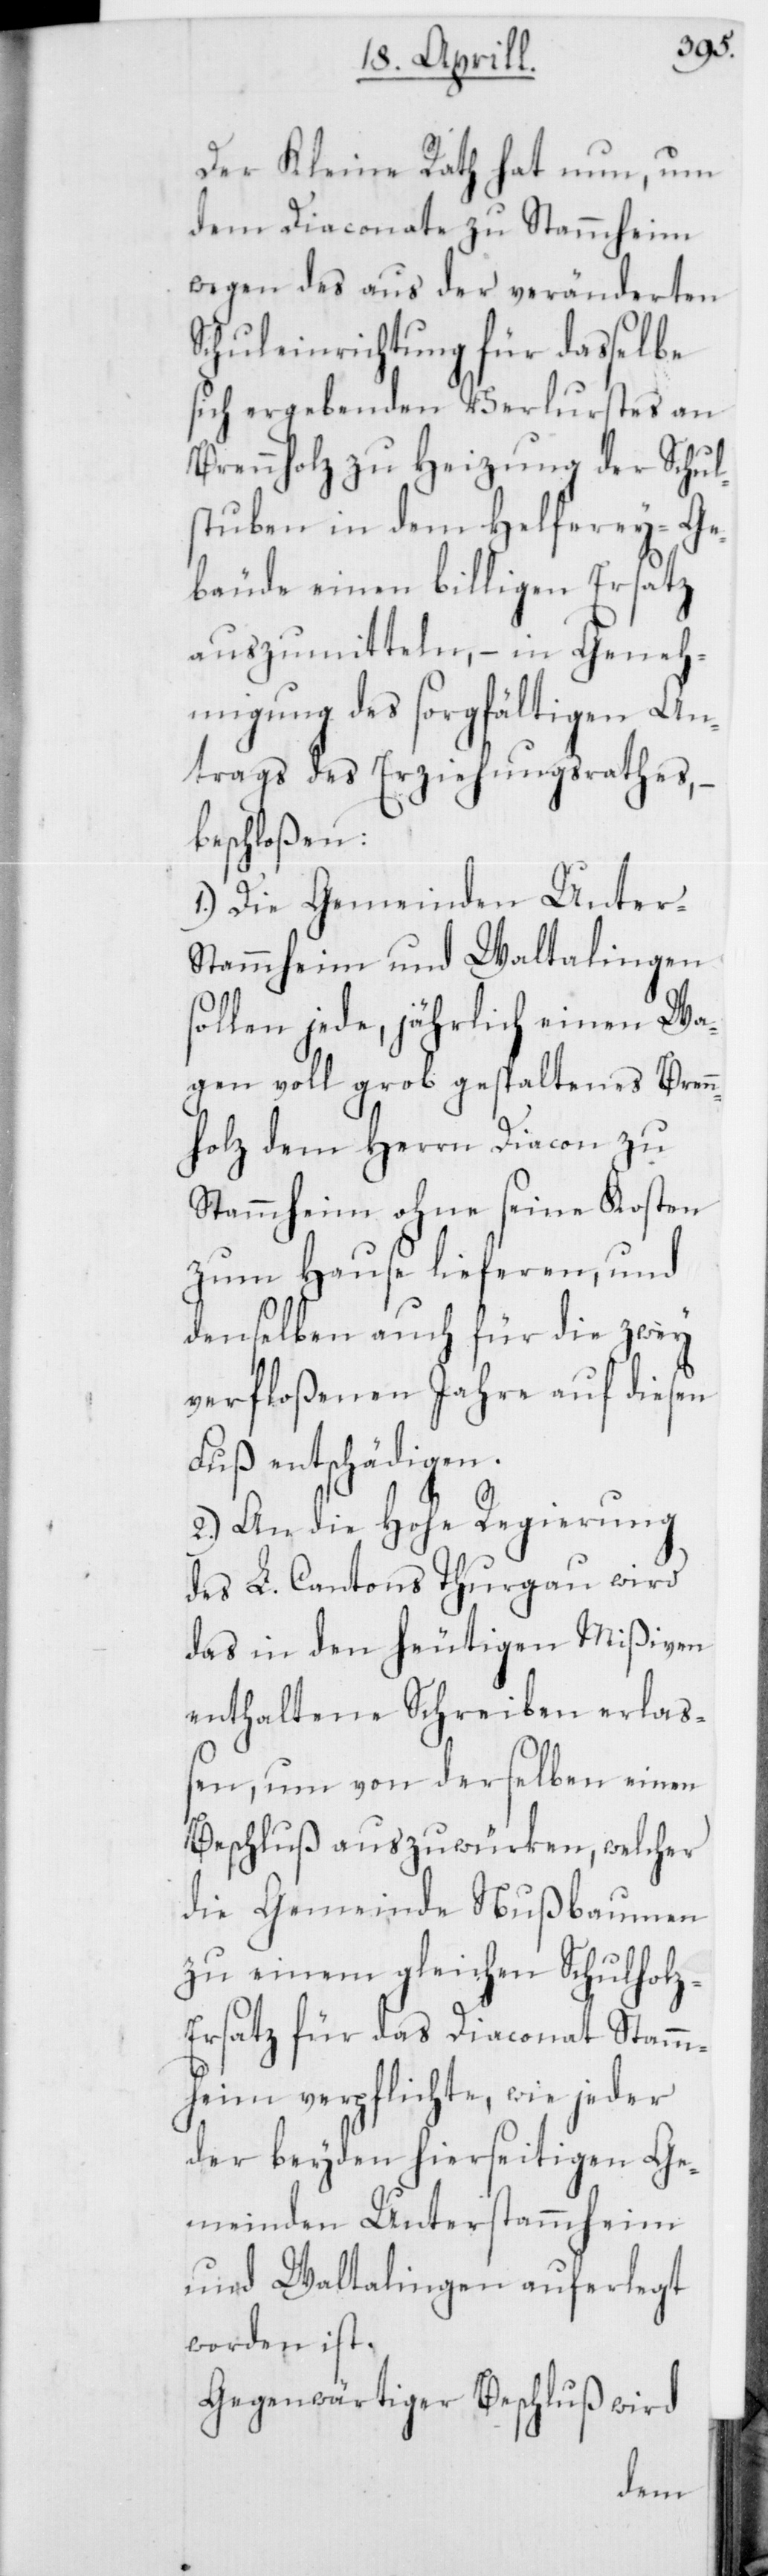
Der Kleine Rath hat nun, um
dem Diaconate zu Stammheim
wegen des aus der verändereten
Schuleinrichtung für daselbe
sich ergebenden Verlustes an
Brennholz zu Heizung der Schul¬
stuben in dem Helferey-Ge¬
bäude einen billigen Ersatz
auszumitteln, – in Geneh¬
migung des sorgfältigen An¬
trags des Erziehungsrathes, –
beschloßen:
1.) Die Gemeinden Unter-S¬
tammheim und Waltalingen
sollen jede, jährlich einen Wa¬
gen voll grob gespaltenes Bren¬
nholz dem Herrn Diacon zu
Stammheim ohne seine Kosten
zum Hause lieferen, und
denselben auch für die zwey
verfloßenen Jahre auf diesen
Fuß entschädigen.
2.) An die Hohe Regierung
des L. Cantons Thurgau wird
das in den heutigen Mißiven
enthaltene Schreiben erlaß¬
en, um von derselben einen
Beschluß auszuwürken, welcher
die Gemeinde Nußbaumen
zu einem gleichen Schulhol¬
z-Ersatz für das Diaconat Stamm¬
heim verpflichte, wie jeder
der beyden hierseitigen Ge¬
meinden Unterstammheim
und Waltalingen auferlegt
worden ist.
Gegenwärtiger Beschluß wird